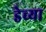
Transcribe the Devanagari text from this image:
डेच्या